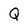
Character: Q